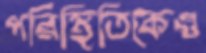
পরিস্থিতিকেও